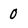
Character: 0